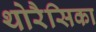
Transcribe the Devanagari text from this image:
थोरैसिका